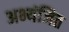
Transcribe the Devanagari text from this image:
अभ्यंजित